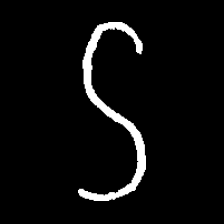
Pyu character \u2014 Myanmar letter: ဌ (romanized: ttha)